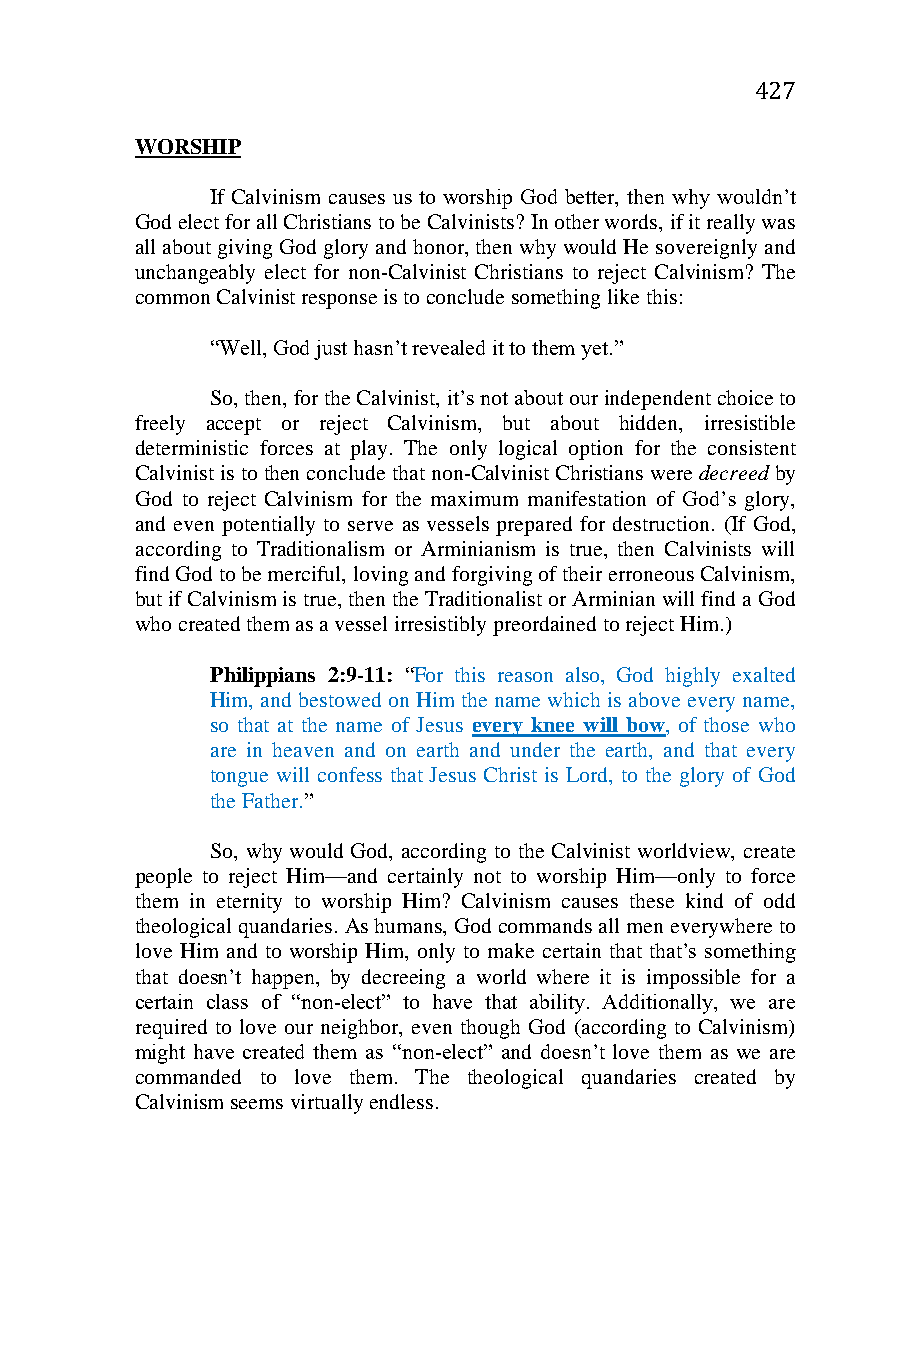
427
 WORSHIP
 If Calvinism causes us to worship God better, then why wouldn’t
 God elect for all Christians to be Calvinists? In other words, if it really was
 all about giving God glory and honor, then why would He sovereignly and
 unchangeably elect for non-Calvinist Christians to reject Calvinism? The
 common Calvinist response is to conclude something like this:
 “Well, God just hasn’t revealed it to them yet.”
 So, then, for the Calvinist, it’s not about our independent choice to
 freely accept or reject Calvinism, but about hidden, irresistible
 deterministic forces at play. The only logical option for the consistent
 Calvinist is to then conclude that non-Calvinist Christians were decreed by
 God to reject Calvinism for the maximum manifestation of God’s glory,
 and even potentially to serve as vessels prepared for destruction. (If God,
 according to Traditionalism or Arminianism is true, then Calvinists will
 find God to be merciful, loving and forgiving of their erroneous Calvinism,
 but if Calvinism is true, then the Traditionalist or Arminian will find a God
 who created them as a vessel irresistibly preordained to reject Him.)
 Philippians 2:9-11: “For this reason also, God highly exalted
 Him, and bestowed on Him the name which is above every name,
 so that at the name of Jesus every knee will bow, of those who
 are in heaven and on earth and under the earth, and that every
 tongue will confess that Jesus Christ is Lord, to the glory of God
 the Father.”
 So, why would God, according to the Calvinist worldview, create
 people to reject Him—and certainly not to worship Him—only to force
 them in eternity to worship Him? Calvinism causes these kind of odd
 theological quandaries. As humans, God commands all men everywhere to
 love Him and to worship Him, only to make certain that that’s something
 that doesn’t happen, by decreeing a world where it is impossible for a
 certain class of “non-elect” to have that ability. Additionally, we are
 required to love our neighbor, even though God (according to Calvinism)
 might have created them as “non-elect” and doesn’t love them as we are
 commanded to love them. The theological quandaries created by
 Calvinism seems virtually endless.